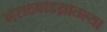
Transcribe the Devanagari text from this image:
मराठवाडय़ातल्या